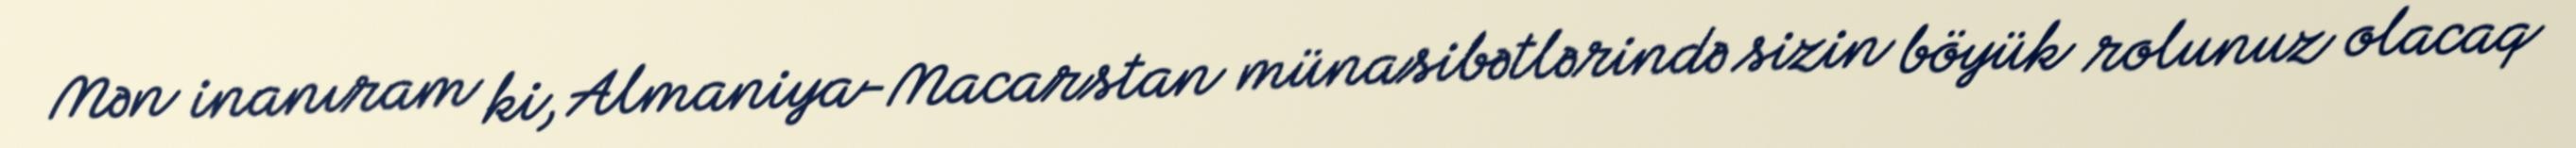
Mən inanıram ki, Almaniya-Macarstan münasibətlərində sizin böyük rolunuz olacaq